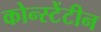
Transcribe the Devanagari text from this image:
कोन्स्टेंटीन